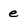
Character: e